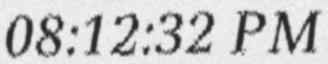
08:12:32 PM